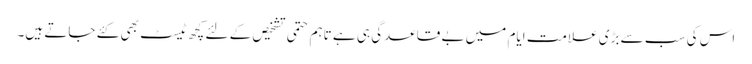
اس کی سب سے بڑی علامت ایام میں بے قاعدگی ہی ہے تاہم حتمی تشخیص کے لئے کچھ ٹیسٹ بھی کئے جاتے ہیں۔